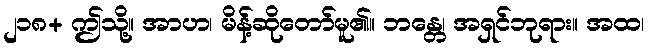
၂၁၈+ ဤသို့။ အာဟ၊ မိန့်ဆိုတော်မူ၏။ ဘန္တေ၊ အရှင်ဘုရား။ အထ၊